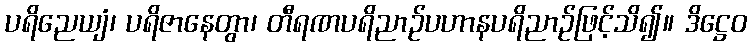
ပရိညေယျံ၊ ပရိဇာနေတွာ၊ တီရဏပရိညာဉ်ပဟာနပရိညာဉ်ဖြင့်သိ၍။ ဒိဋ္ဌေဝ